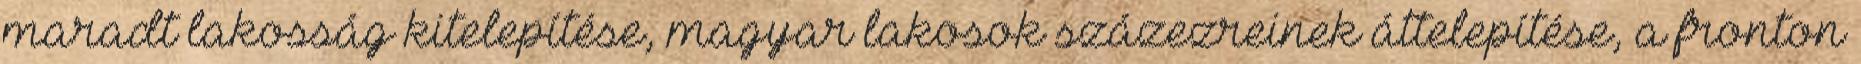
maradt lakosság kitelepítése, magyar lakosok százezreinek áttelepítése, a fronton